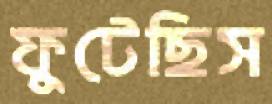
ফুটেছিস